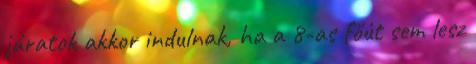
járatok akkor indulnak, ha a 8-as főút sem lesz